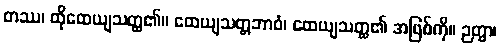
တဿ၊ ထိုထေယျသတ္ထ၏။ ထေယျသတ္တဘာဝံ၊ ထေယျသတ္ထ၏ အဖြစ်ကို။ ဉတွာ၊